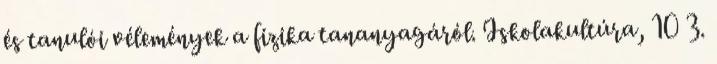
és tanulói vélemények a fizika tananyagáról. Iskolakultúra, 10 3.